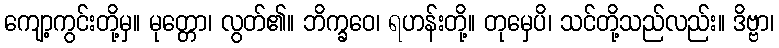
ကျော့ကွင်းတို့မှ။ မုတ္တော၊ လွတ်၏။ ဘိက္ခဝေ၊ ရဟန်းတို့။ တုမှေပိ၊ သင်တို့သည်လည်း။ ဒိဗ္ဗာ၊